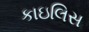
કાઇલિસ